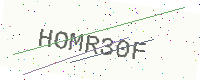
Text: HOMR30F